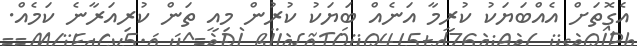
އެގޮތަށް އެއްބަޔަކު ކުރީމާ އަނެއް ބަޔަކު ކުރުން މިއީ ތަން ކުރިއަރާނެ ކަމެއް.